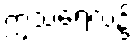
ဣသရေလ၌